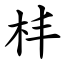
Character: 㭋